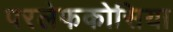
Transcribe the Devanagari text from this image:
परलेफकोसिया